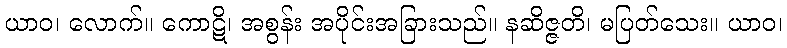
ယာဝ၊ လောက်။ ကောဋိ၊ အစွန်း အပိုင်းအခြားသည်။ နဆိဇ္ဇတိ၊ မပြတ်သေး။ ယာဝ၊